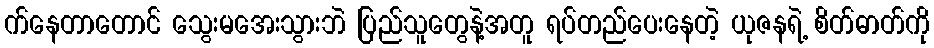
က်နေတာတောင် သွေးမအေးသွားဘဲ ပြည်သူတွေနဲ့အတူ ရပ်တည်ပေးနေတဲ့ ယုဇနရဲ့ စိတ်ဓာတ်ကို